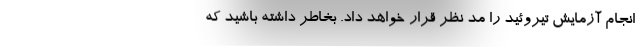
انجام آزمایش تیروئید را مد نظر قرار خواهد داد. بخاطر داشته باشید که